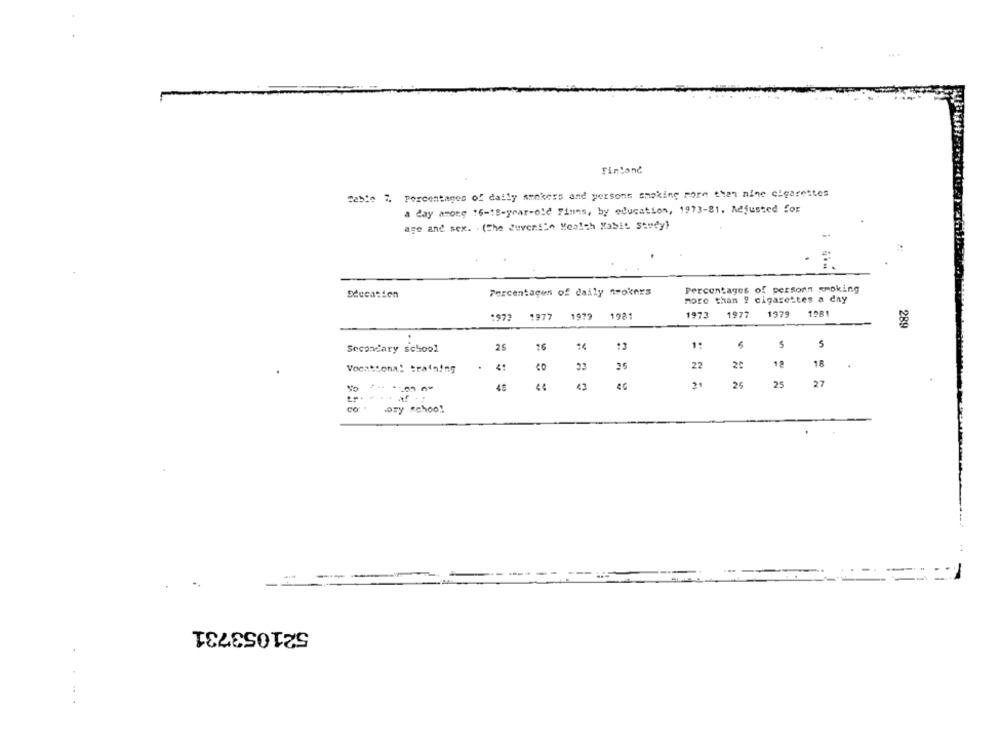
Finland
Table ". Percentages of daily smokers and persons smoking more than nine cigarettes
a day amone 16-18-year-old Finns, by education, 1973-81. Adjusted for
age and sex. . (The Juveniln Meaich Mabit Stvey)
Percentages of daily nroknys
Percentages of personn smoking
more than ? cigarettes a day
1977 1979
1981
1973
1977
1979
1981
1973
289
.
25
16
14
1:
5
5
Secondary school
Cc
Vocational training
CO
25
22
18
18
48
21
25
25
27
co .
ory school
521053731
....